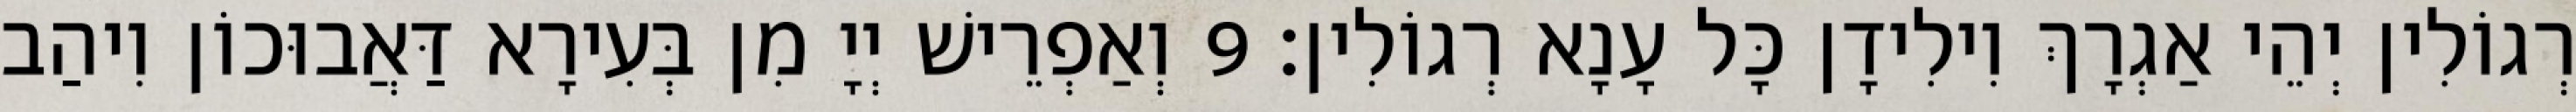
רְגוֹלִין יְהֵי אַגְרָךְ וִילִידָן כָּל עָנָא רְגוֹלִין׃ 9 וְאַפְרֵישׁ יְיָ מִן בְּעִירָא דַּאֲבוּכוֹן וִיהַב